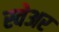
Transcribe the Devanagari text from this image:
स्वेअर